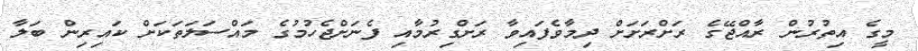
މީގެ އިތުރުން ރާއްޖޭގެ ރަށްރަށަށް ދިމާވެފައިވާ ރަށްގިރުމާއި ފެނަށްޖެހުމުގެ މައްސަލަތަކަށް ކައިރިން ބަލާ